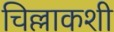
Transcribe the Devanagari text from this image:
चिल्लाकशी